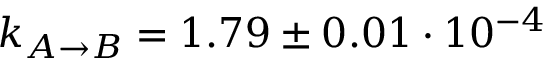
k _ { A \rightarrow B } = 1 . 7 9 \pm 0 . 0 1 \cdot 1 0 ^ { - 4 }